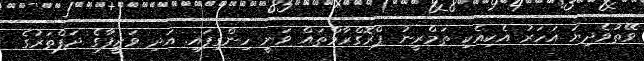
ވޭތުވެދިޔަ އަހަރު އެކިއެކި ތަމްރީނު ޕްރޮގްރާމްތައް ވަނީ ހިންގިފައި. އަދި ވަޒީފާގެ ދަފްތަރުގެ